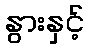
နွားနှင့်